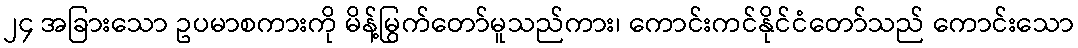
၂၄ အခြားသော ဥပမာစကားကို မိန့်မြွက်တော်မူသည်ကား၊ ကောင်းကင်နိုင်ငံတော်သည် ကောင်းသော